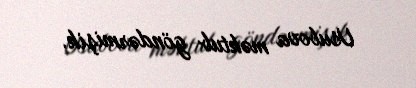
Usubova məktub göndərmişik.